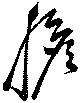
胆